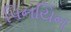
પિનયિન